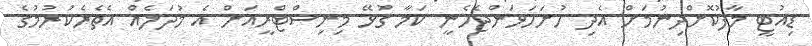
ޑިއުޓީ މާފުކޮށްދިނުމަށް އެދި ހުށަހަޅަންޖެހެނީ ކަމާ ގުޅޭ މިނިސްޓްރީއަށް އެ މުދަލެއް އެތެރެކުރުމުގެ